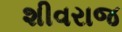
શીવરાજ